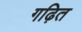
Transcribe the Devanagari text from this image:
गढ़ित